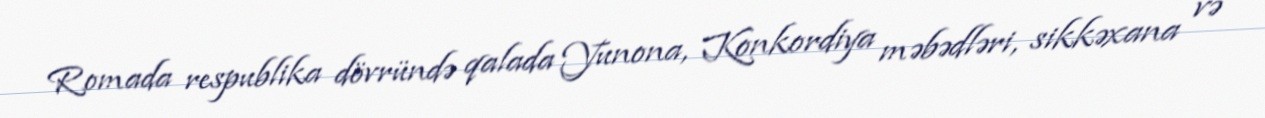
Romada respublika dövründə qalada Yunona, Konkordiya məbədləri, sikkəxana və